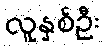
လူနှစ်ဦး